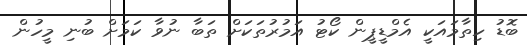
ބޮޑު ހިތާމައަކީ އެމްޑީޕީން ކޯޓު އަމުރުތަކަށް ތަބާ ނުވާ ކަމަށް ބުނި މީހުން